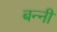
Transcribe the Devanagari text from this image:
बन्‍नी